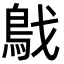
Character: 𩿙